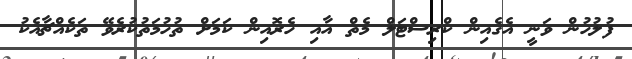
ފުލުހުން ވަނީ އެގެއިން ކްރިސްޓަލް މެތް އާއި ހެރޮއިން ކަަމަށް ތުހުމަތުކުރެވޭ ތަކެއްޗާއެކު